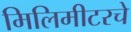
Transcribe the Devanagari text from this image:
मिलिमीटरचे